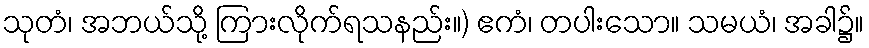
သုတံ၊ အဘယ်သို့ ကြားလိုက်ရသနည်း။) ဧကံ၊ တပါးသော။ သမယံ၊ အခါ၌။